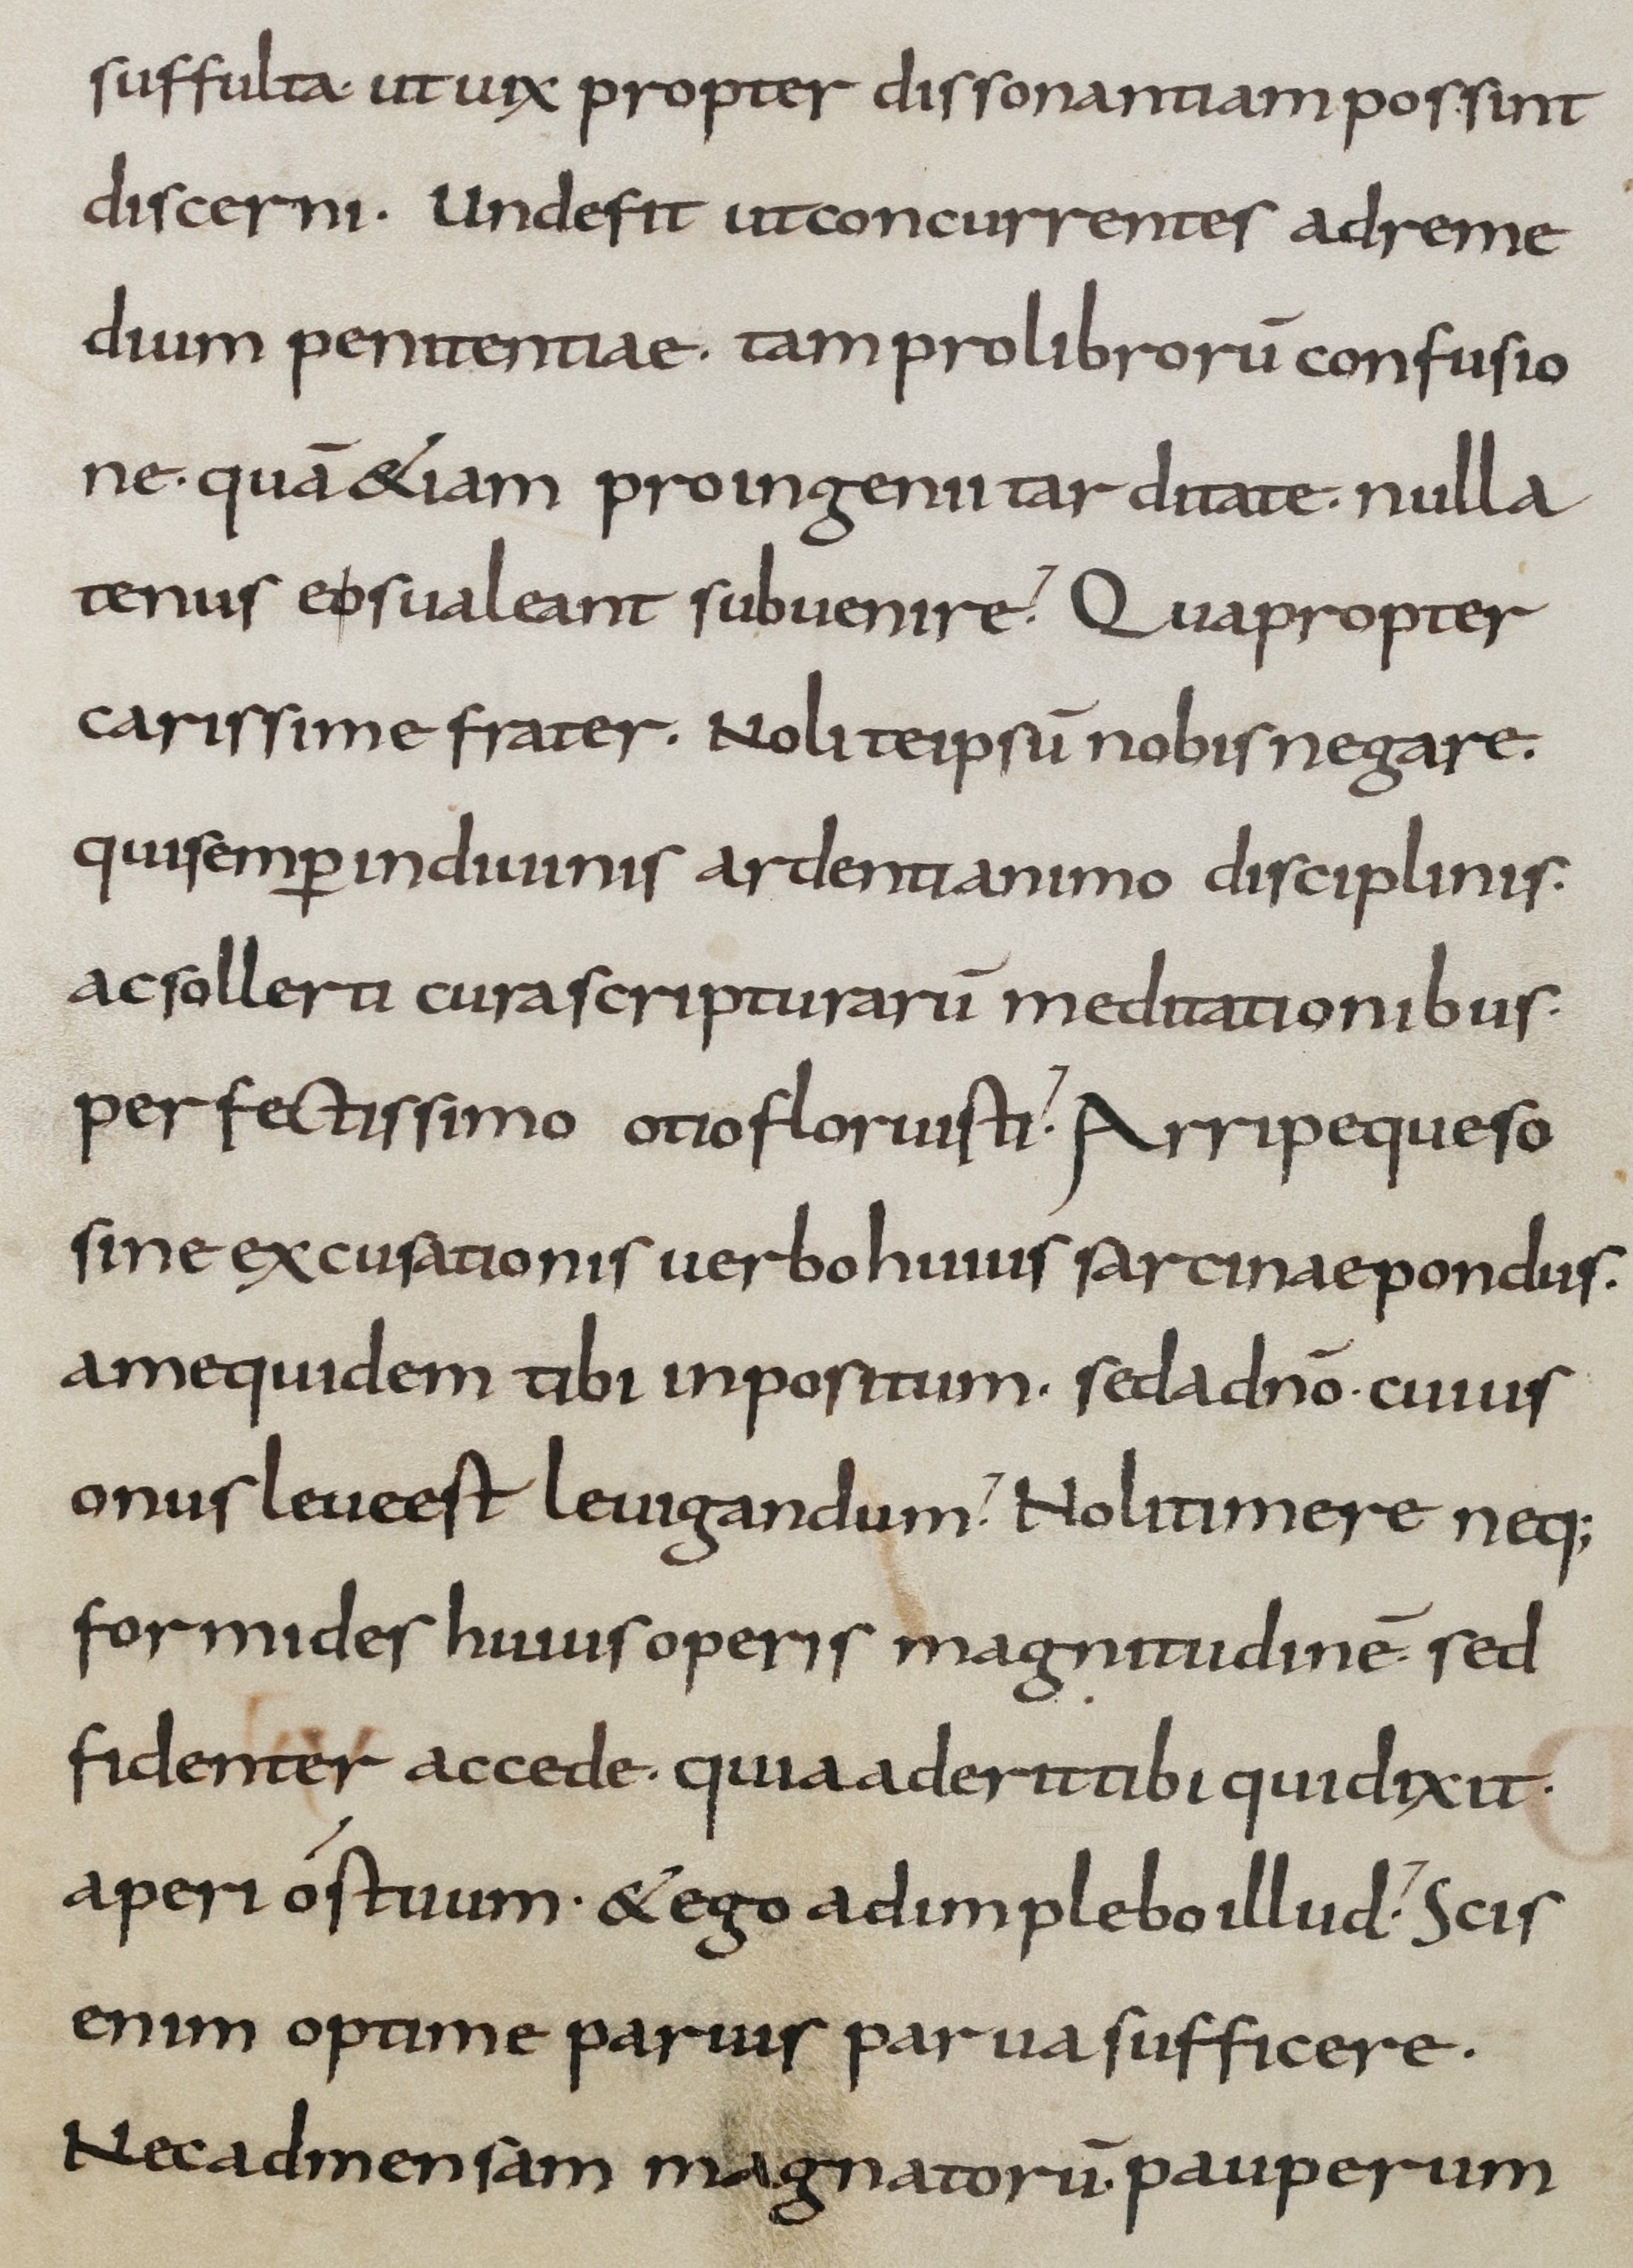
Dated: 800–899